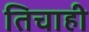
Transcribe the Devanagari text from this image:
तिचाही